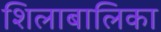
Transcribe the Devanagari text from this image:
शिलाबालिका